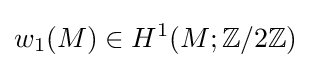
w_{1}(M)\in H^{1}(M;\mathbb {Z} /2\mathbb {Z} )